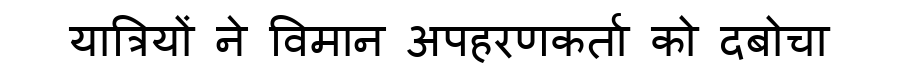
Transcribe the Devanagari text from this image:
यात्रियों ने विमान अपहरणकर्ता को दबोचा